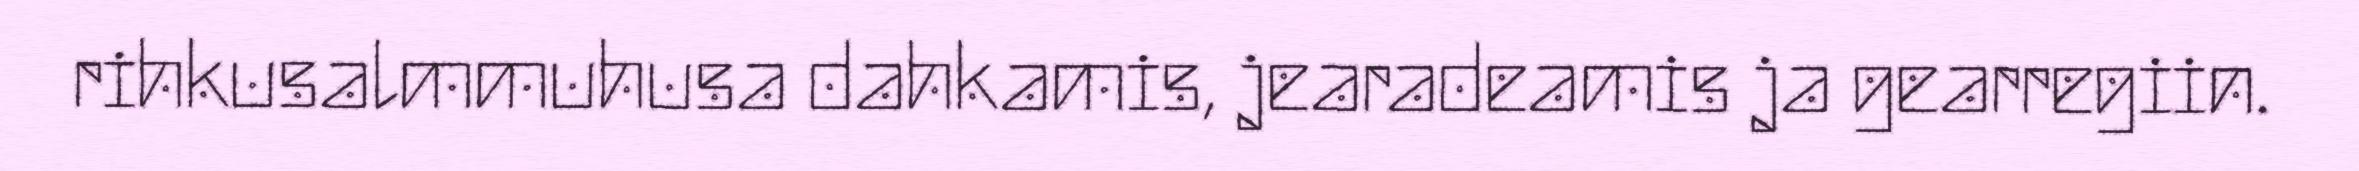
rihkusalmmuhusa dahkamis, jearadeamis ja gearregiin.